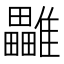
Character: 𩁜